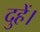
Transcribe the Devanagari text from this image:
दुहें।